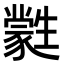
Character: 𤯼